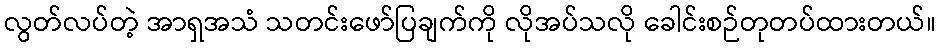
လွတ်လပ်တဲ့ အာရှအသံ သတင်းဖော်ပြချက်ကို လိုအပ်သလို ခေါင်းစဉ်တုတပ်ထားတယ်။